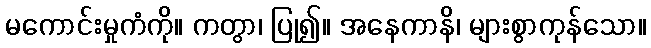
မကောင်းမှုကံကို။ ကတွာ၊ ပြု၍။ အနေကာနိ၊ များစွာကုန်သော။